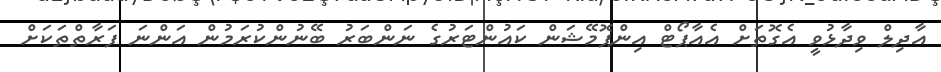
އާދިލް ވިދާޅުވީ އެގޮތަށް އެއާޕޯޓް އިންޕޮމޭޝަން ކައުންޓަރުގެ ނަންބަރު ބޭނުންކުރަމުން އަންނަ ފަރާތްތަކަށް